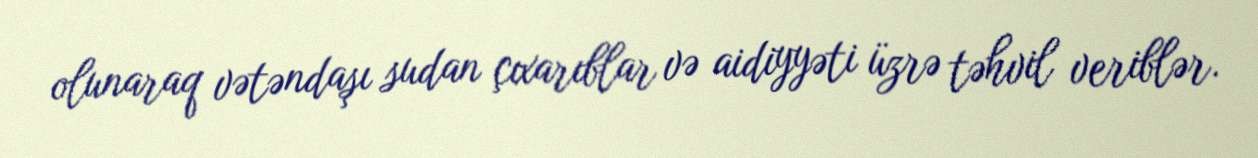
olunaraq vətəndaşı sudan çıxarıblar və aidiyyəti üzrə təhvil veriblər.